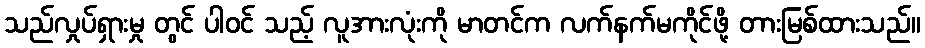
သည်လှုပ်ရှားမှု တွင် ပါဝင် သည့် လူအားလုံးကို မာတင်က လက်နက်မကိုင်ဖို့ တားမြစ်ထားသည်။